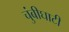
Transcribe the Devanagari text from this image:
चुंबीघाटी